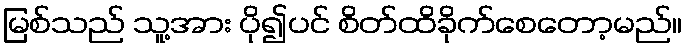
မြစ်သည် သူ့အား ပို၍ပင် စိတ်ထိခိုက်စေတော့မည်။